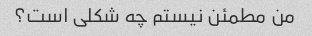
من مطمئن نیستم چه شکلی است؟